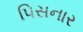
પિસનાર